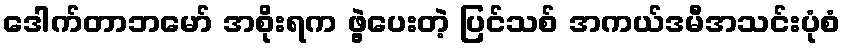
ဒေါက်တာဘမော် အစိုးရက ဖွဲ့ပေးတဲ့ ပြင်သစ် အကယ်ဒမီအသင်းပုံစံ